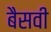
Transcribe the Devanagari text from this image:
बैसवी